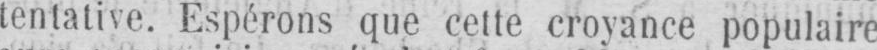
tentative. Espérons que cette croyance populaire